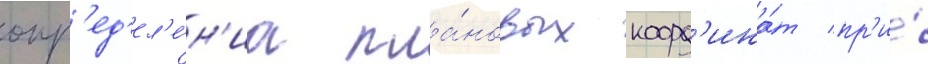
опр'ед'ел'е́н'иа пла́новых коорд'ина́т пр'и́